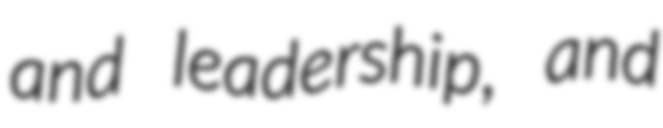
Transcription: and leadership, and